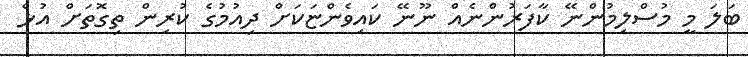
ބަލަ މީ މުސްލިމުންނޭ ކާފަރުންނެއް ނޫނޭ ކައިވެންޏަކަށް ދިއުމުގެ ކުރިން ތިގޮތަށް އުޅެ